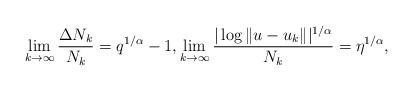
\begin{align*}\lim_{k \rightarrow \infty} \frac{\Delta N_k}{N_k} =q^{1/\alpha}-1,\lim_{k \rightarrow \infty} \frac{|\log\|u-u_k\||^{1/\alpha}}{N_k} =\eta^{1/\alpha},\end{align*}